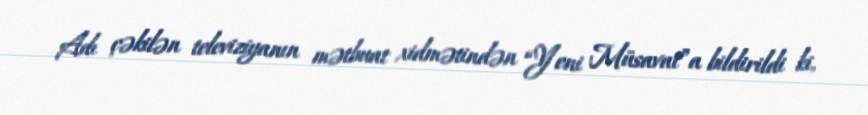
Adı çəkilən televiziyanın mətbuat xidmətindən “Yeni Müsavat”a bildirildi ki,